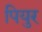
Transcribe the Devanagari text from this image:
पियुर